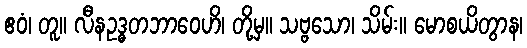
ဧဝံ၊ တူ။ လီနဥဒ္ဓတဘာဝေဟိ၊ တို့မှ။ သဗ္ဗသော၊ သိမ်း။ မောစယိတွာန၊